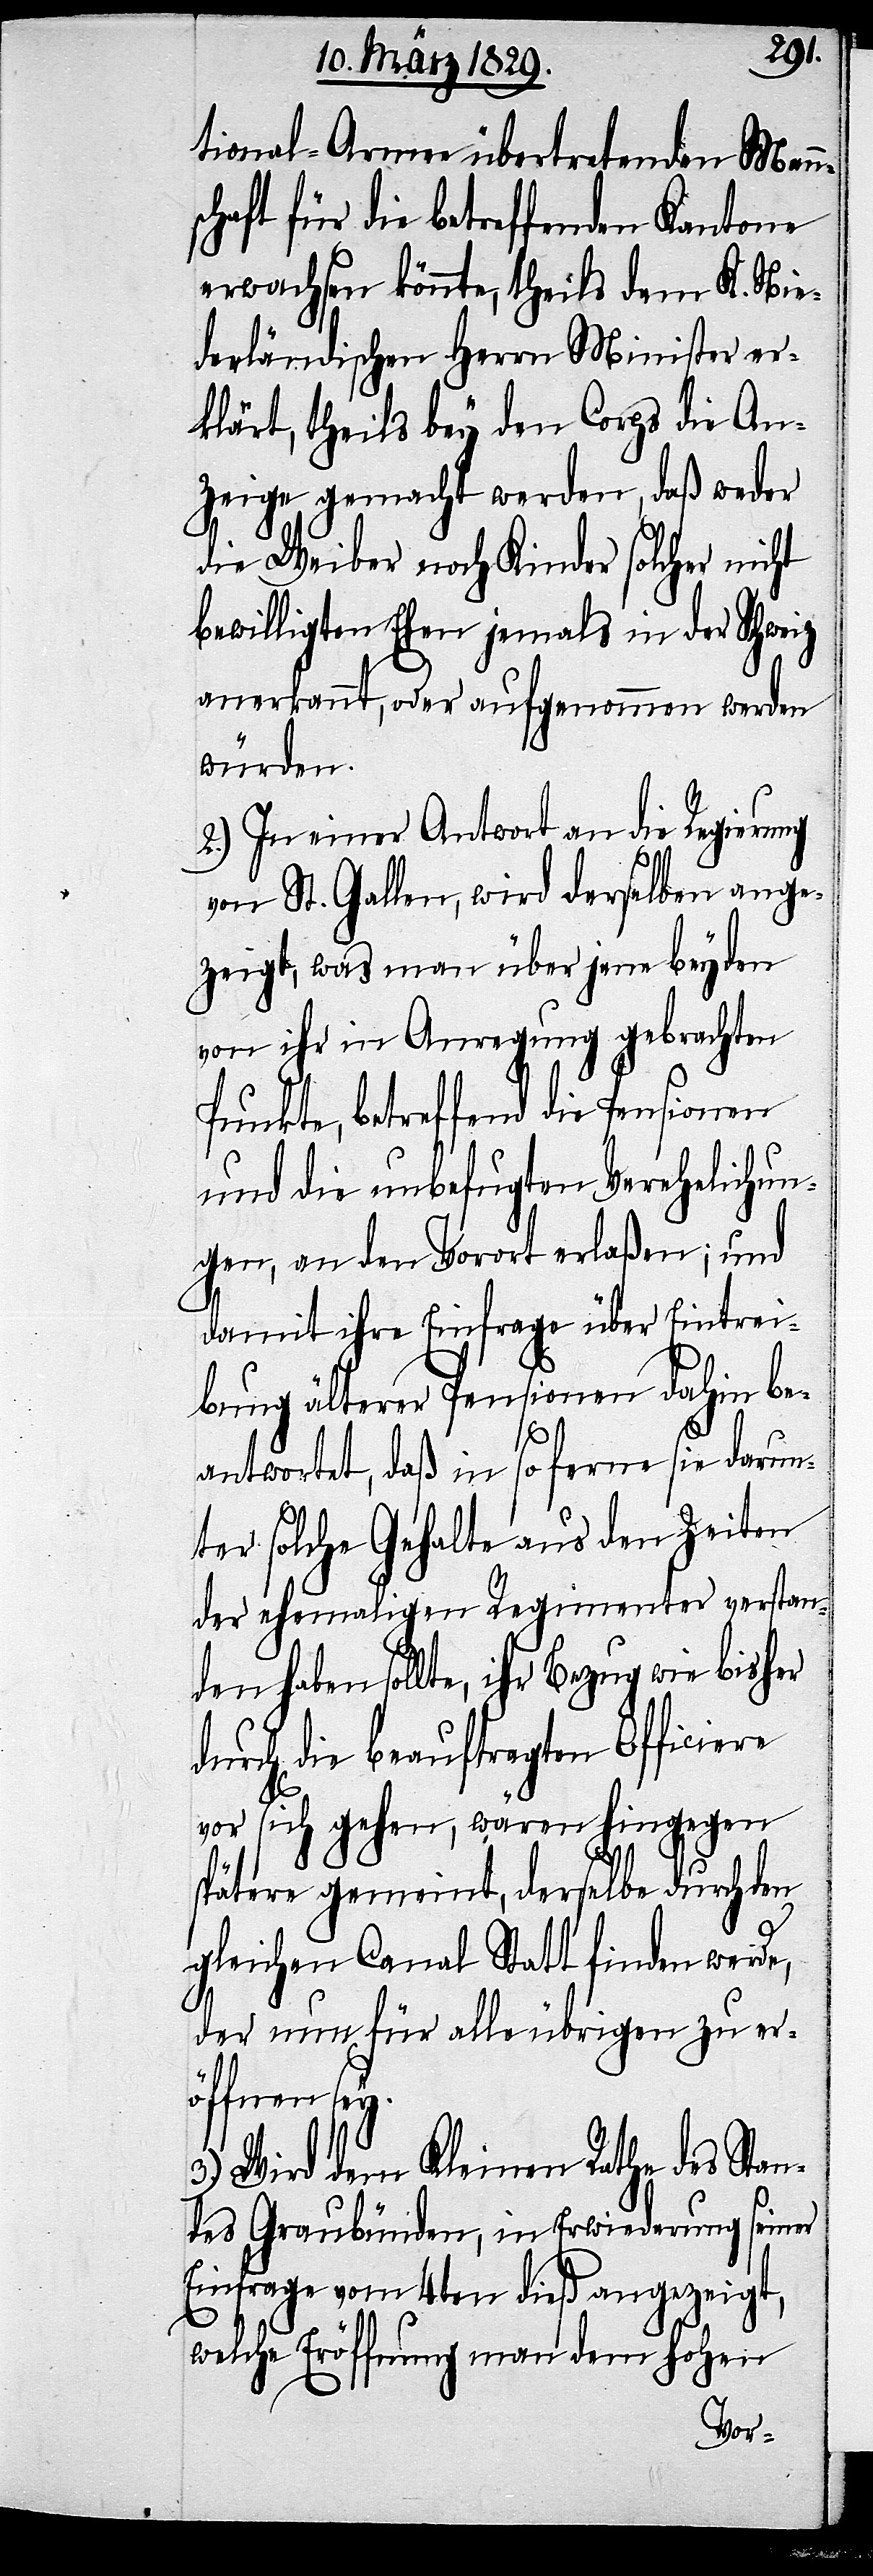
tional-Armee übertretenden Mann¬
schaft die betreffenden Kantone
erwachsen könnte, theils dem K. Nie¬
derländischen Herrn Minister er¬
klärt, theils bey den Corps die An¬
zeige gemacht werden, daß weder
die Weiber noch Kinder solcher nicht
bewilligten Ehen jemals in der Schweiz
anerkannt, oder aufgenommen werden
würden.
2.) In einer Antwort an die Regierung
von St. Gallen, wird derselben ange¬
zeigt, was man über jene beyden
von ihr in Anregung gebrachten
Punkte, betreffend die Pensionen
und die unbefugte Verehelichun¬
gen, an den Vorort erlaßen; und
damit ihre Einfrage über Eintrei¬
bung älterer Pensionen dahin be¬
antwortet, daß in so ferne sie darun¬
ter solche Gehalte aus den Zeiten
der ehemaligen Regimenter verstan¬
den haben sollte, ihr Bezug wie bisher
durch die beauftragten Officiere
vor sich gehen, wären hingegen
spätere gemeint, derselbe durch den
gleichen Canal Statt finden werde,
der nun für alle übrigen zu er¬
öffnen sey.
3.) Wird dem Kleinen Rathe des Stan¬
des Graubünden, in Erwiederung seiner
Einfrage vom 4ten dieß angezeigt,
welche Eröffnung man dem hohen